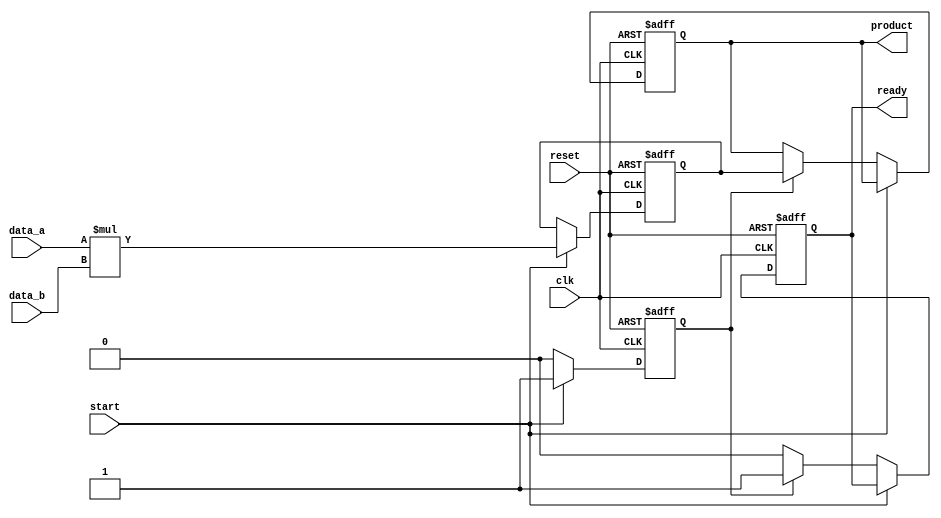
module StreamingMultiplier #(
    parameter DATA_WIDTH = 16,  // Width of input data
    parameter PRODUCT_WIDTH = 32 // Width of the product output
)(
    input wire clk,               // Clock signal
    input wire reset,             // Asynchronous reset signal
    input wire start,             // Start signal for multiplication
    input wire signed [DATA_WIDTH-1:0] data_a, // First input data stream
    input wire signed [DATA_WIDTH-1:0] data_b, // Second input data stream
    output reg signed [PRODUCT_WIDTH-1:0] product, // Output product
    output reg ready              // Ready signal for output
);

    // Internal state
    reg processing;                // Indicates if the multiplier is currently processing
    reg signed [PRODUCT_WIDTH-1:0] temp_product; // Temporary product storage

    // Asynchronous reset and start signal handling
    always @(posedge clk or posedge reset) begin
        if (reset) begin
            product <= 0;
            ready <= 0;
            processing <= 0;
            temp_product <= 0;
        end else if (start) begin
            processing <= 1; // Begin processing on start signal
            temp_product <= data_a * data_b; // Perform multiplication
        end else if (processing) begin
            product <= temp_product; // Output the product
            ready <= 1;              // Set ready signal
            processing <= 0;         // Reset processing state
        end else begin
            ready <= 0;              // Clear ready signal when not processing
        end
    end

endmodule